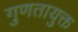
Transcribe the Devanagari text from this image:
गुणतायुक्त